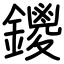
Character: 鑁